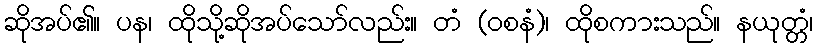
ဆိုအပ်၏။ ပန၊ ထိုသို့ဆိုအပ်သော်လည်း။ တံ (ဝစနံ)၊ ထိုစကားသည်။ နယုတ္တံ၊